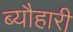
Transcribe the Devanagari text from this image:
ब्यौहारी